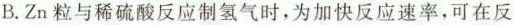
B.Zn粒与稀硫酸反应制氢气时，为加快反应速率，可在反